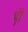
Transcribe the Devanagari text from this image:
थ़ी